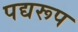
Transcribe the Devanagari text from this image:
पद्यरूप